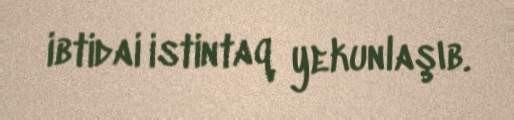
ibtidai istintaq yekunlaşıb.